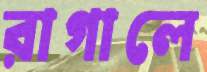
রাগালে